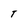
Character: T